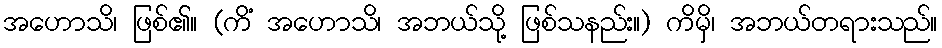
အဟောသိ၊ ဖြစ်၏။ (ကိံ အဟောသိ၊ အဘယ်သို့ ဖြစ်သနည်း။) ကိမှိ၊ အဘယ်တရားသည်။